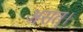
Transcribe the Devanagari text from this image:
असत्।